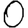
Digit: 0